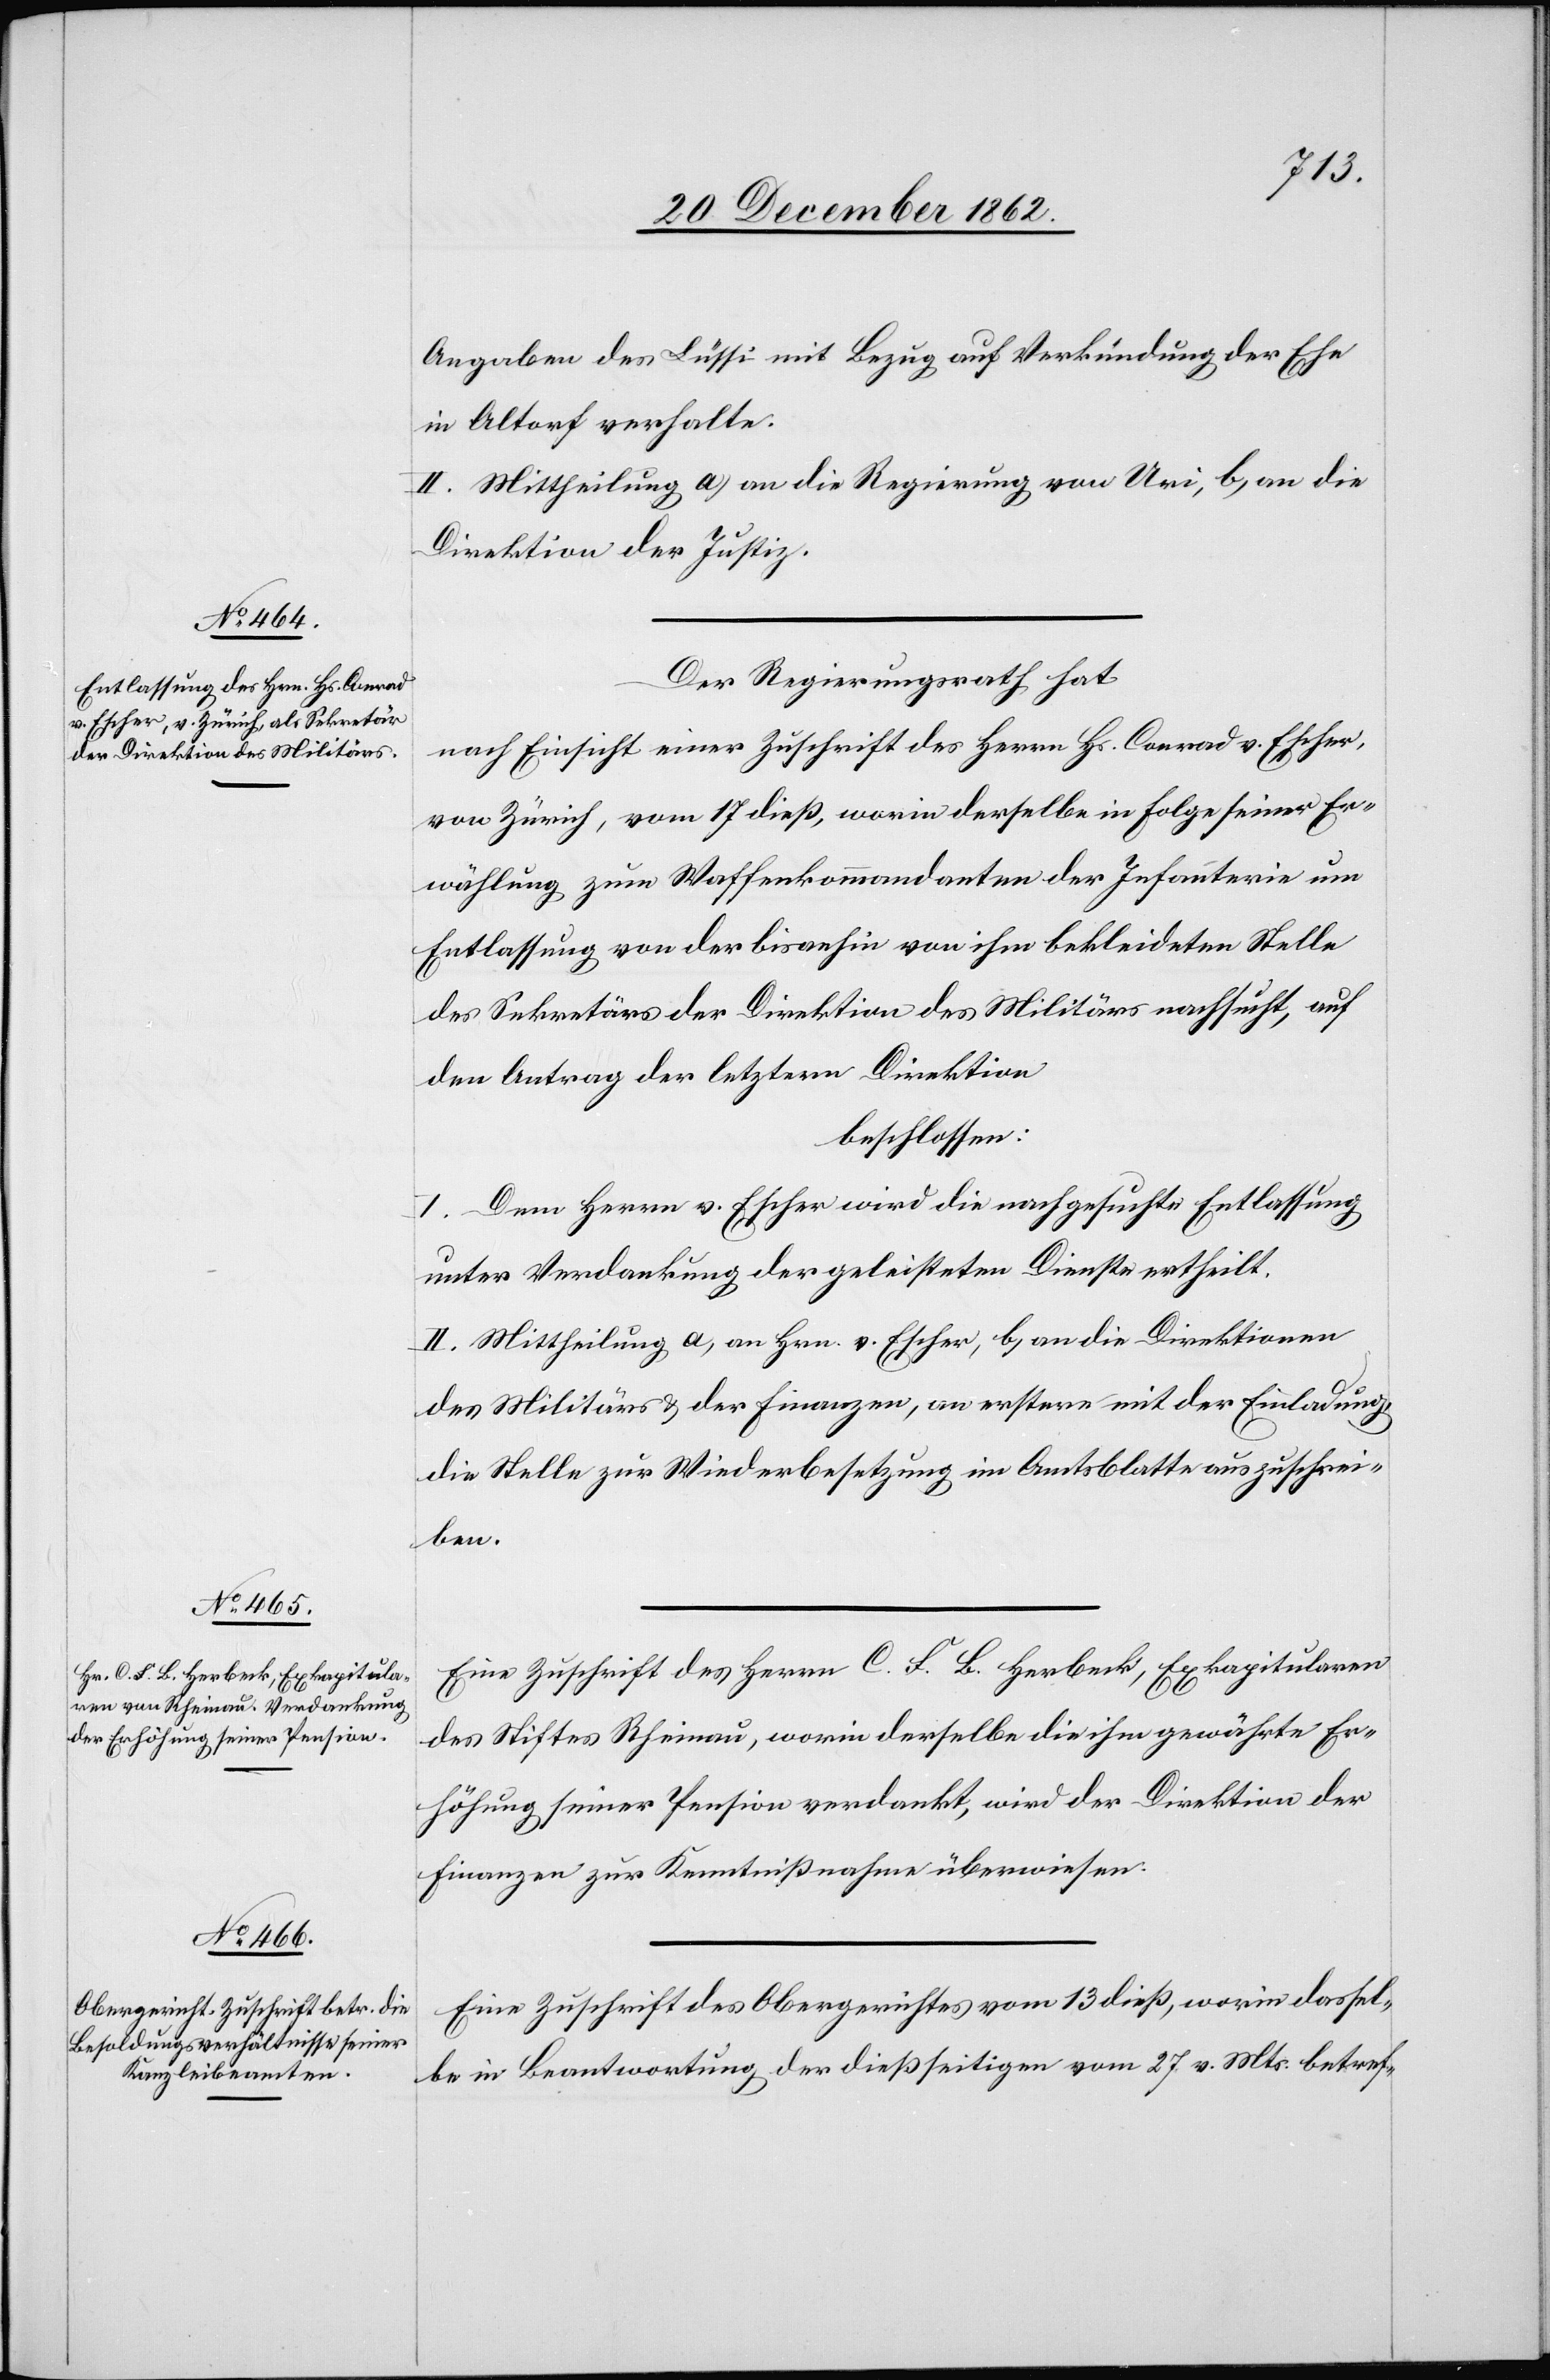
Angaben des Lüssi mit Bezug auf Verkündung der Ehe
in Altorf verhalte.
II. Mittheilung a) an die Regierung von Uri, b) an die
Direktion der Justiz.
Der Regierungsrath hat
nach Einsicht einer Zuschrift des Herrn Hs. Conrad v. Escher,
von Zürich, vom 17. dieß, worin derselbe in Folge seiner Er¬
wählung zum Waffenkommandanten der Infanterie um
Entlassung von der bis anhin von ihm bekleideten Stelle
des Sekretärs der Direktion des Militärs nachsucht, auf
den Antrag der letztern Direktion
beschlossen:
I. Dem Herrn v. Escher wird die nachgesuchte Entlassung
unter Verdankung der geleisteten Dienste ertheilt.
II. Mittheilung a. an Herrn v. Escher, b. an die Direktionen
des Militärs u. der Finanzen, an erstere mit der Einladung
die Stelle zur Wiederbesetzung im Amtsblatt auszuschrei¬
ben.
Eine Zuschrift des Herrn C. F. B. Herbeck, Exkapitularen
des Stiftes Rheinau, worin derselbe die ihm gewährte Er¬
höhung seiner Pension verdankt, wird der Direktion der
Finanzen zur Kenntnißnahme überwiesen.
Eine Zuschrift des Obergerichtes vom 13. dieß, worin dassel¬
be in Beantwortung der dießseitigen vom 27. v. Mts. betref-